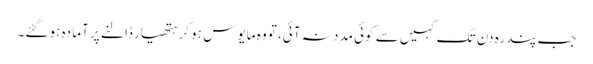
جب پندرہ دن تک کہیں سے کوئی مدد نہ آئی، تو وہ مایو س ہو کر ہتھیار ڈالنے پر آما دہ ہوگئے ۔